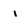
Character: 1